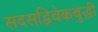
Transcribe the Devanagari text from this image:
सदसद्विवेकबुद्धी